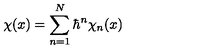
{ \chi } ( x ) = \sum _ { n = 1 } ^ { N } { \hbar } ^ { n } { \chi } _ { n } ( x )